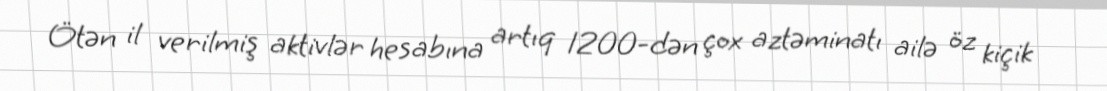
Ötən il verilmiş aktivlər hesabına artıq 1200-dən çox aztəminatı ailə öz kiçik